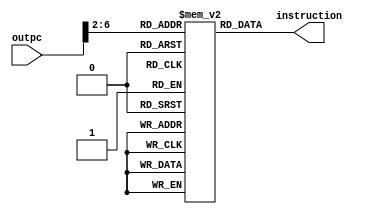
module instructionMemory #(parameter delay=0)(input[63:0] outpc,output[31:0] instruction);

	reg [31:0] memory [31:0];
	integer i;
	         
	initial
	begin
		for (i=0; i<32; i=i+1) memory[i] = 32'b0;
		memory[0]=32'h8B1F03E5;
		memory[1]=32'hF84000A4;
		memory[2]=32'h8B040086;
		memory[3]=32'hF80010A6;
	end
	
	assign #delay instruction =  memory[outpc[6:2]];

endmodule